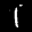
Label: 1